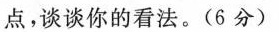
点，谈谈你的看法。(6分)